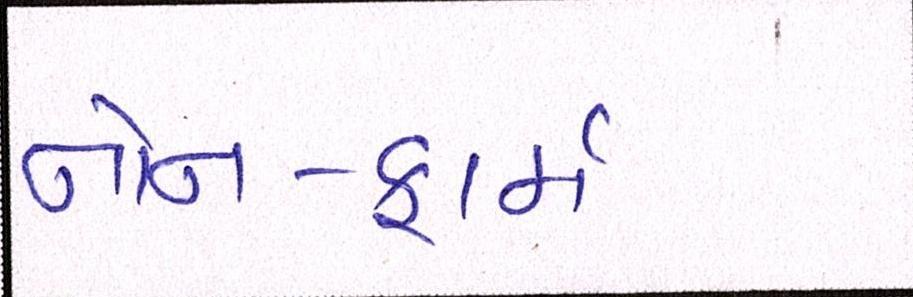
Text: નોન-ફાર્મ